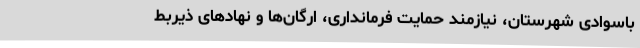
باسوادی شهرستان، نیازمند حمایت فرمانداری، ارگان‌ها و نهادهای ذیربط